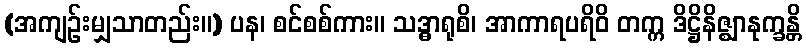
(အကျဉ်းမျှသာတည်း။) ပန၊ စင်စစ်ကား။ သဒ္ဓာရုစိ၊ အာကာရပရိဝိ တက္က ဒိဋ္ဌိနိဇ္ဈာနုက္ခန္တိ